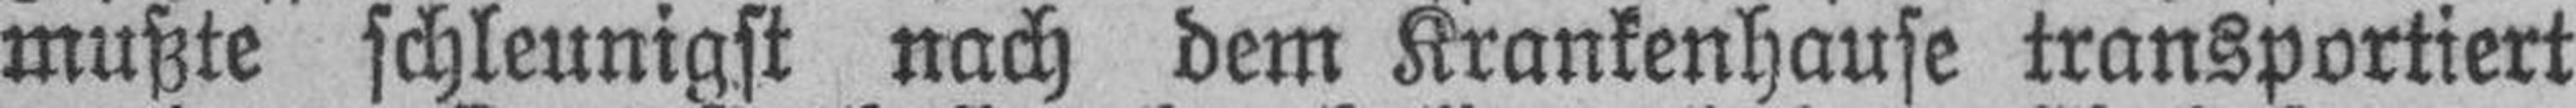
mußte schleunigst nach dem Krankenhause transportiert